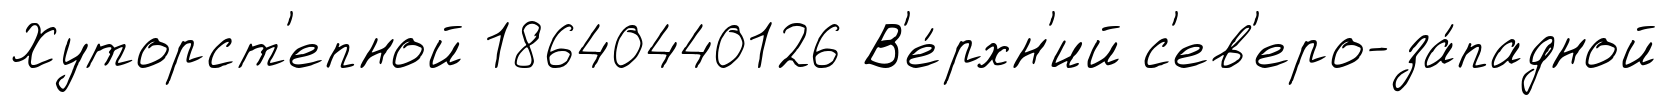
Хуторст'епной 18640440126 В'е́рхн'ий с'ев'еро-за́падной